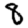
Digit: 8